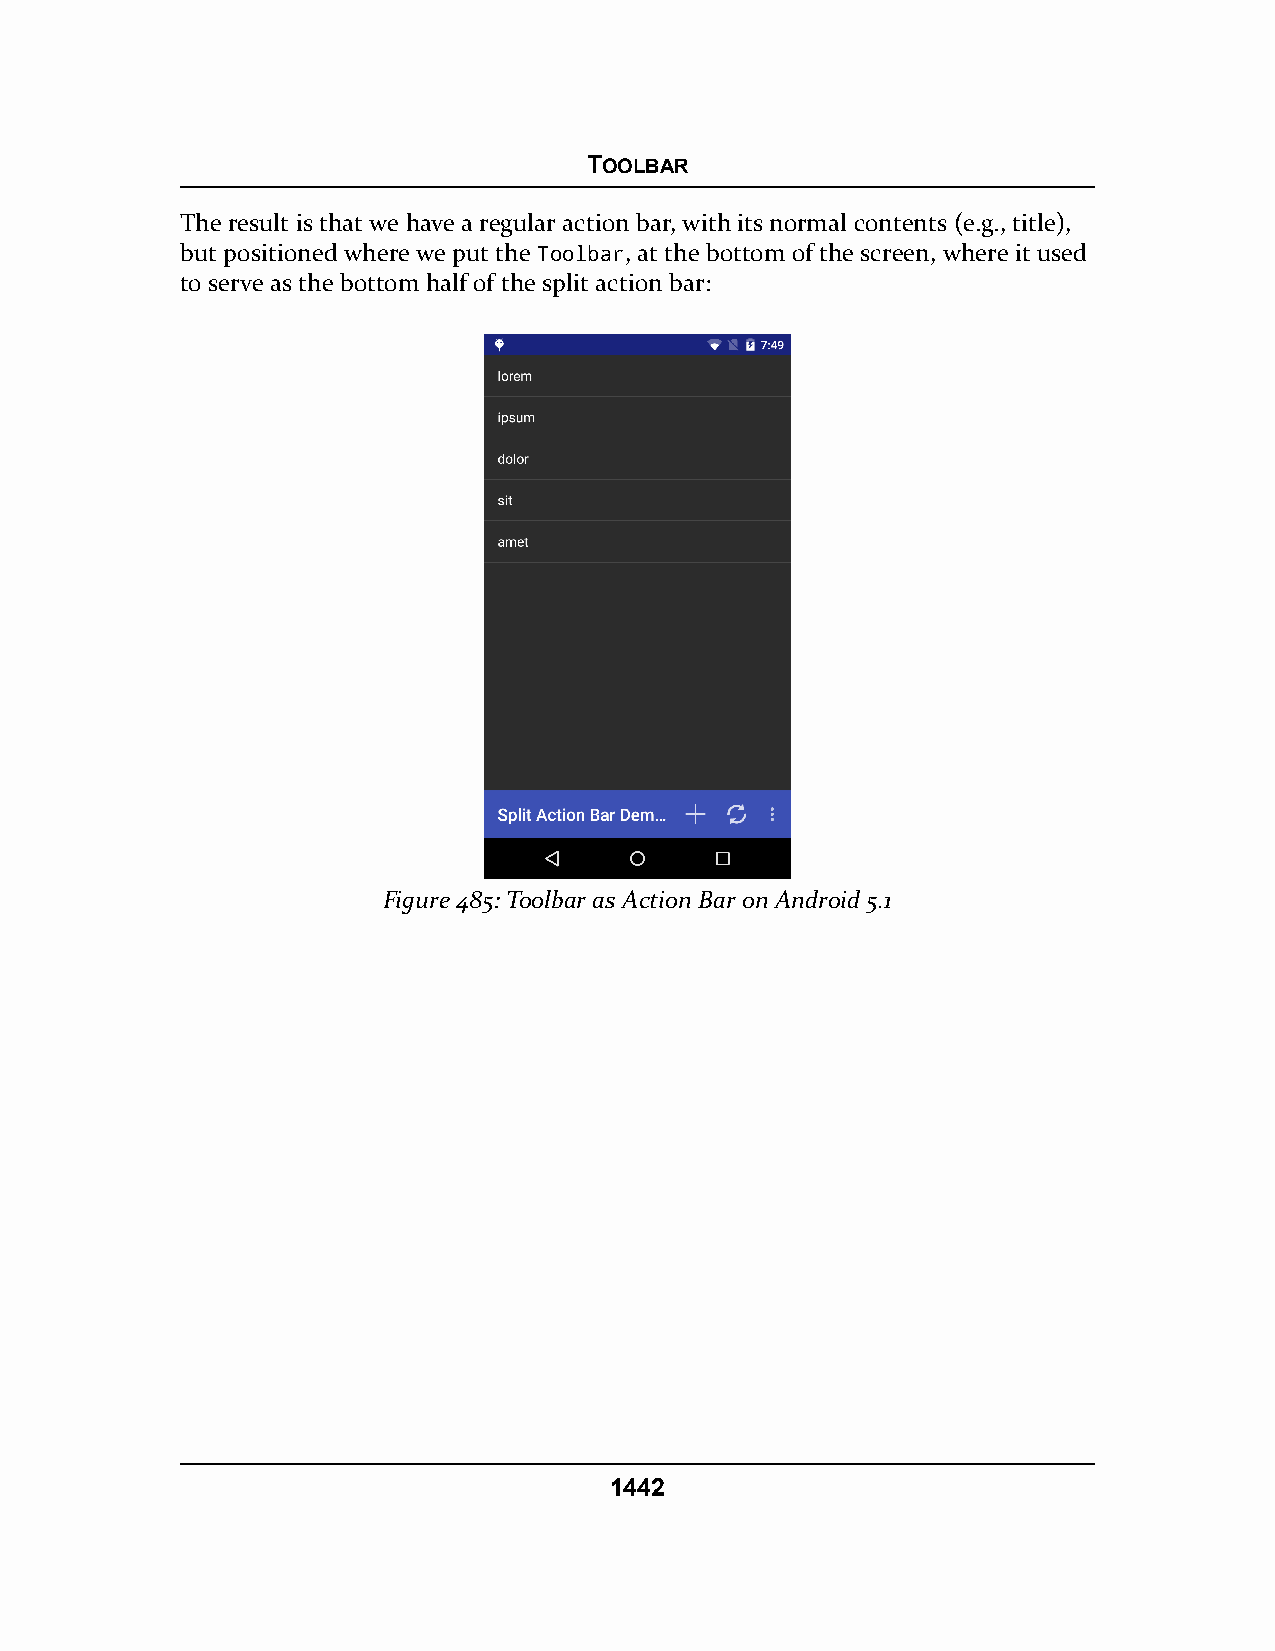
TOOLBAR
 The result is that we have a regular action bar, with its normal contents (e.g., title),
 but positioned where we put the Toolbar, at the bottom of the screen, where it used
 to serve as the bottom half of the split action bar:
 Figure 485: Toolbar as Action Bar on Android 5.1
 1442